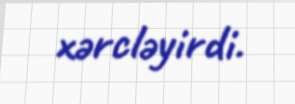
xərcləyirdi.